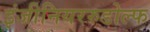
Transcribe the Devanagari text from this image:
इंजीनियररुडोल्फ